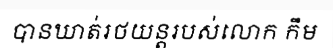
បានឃាត់រថយន្តរបស់លោក កឹម